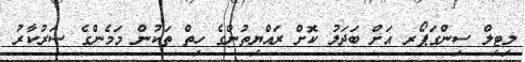
ލިޓިލް ސިންގަޕޯރ އަށް ބަދަލު ކޮށް ރައްޔިތުންގެ ހިތް ތަކުން މަމެންގެ ސަރުކާރު